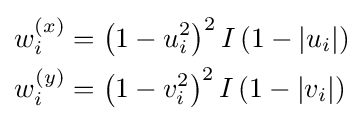
{\begin{aligned}w_{i}^{(x)}&=\left(1-u_{i}^{2}\right)^{2}I\left(1-|u_{i}|\right)\\w_{i}^{(y)}&=\left(1-v_{i}^{2}\right)^{2}I\left(1-|v_{i}|\right)\end{aligned}}